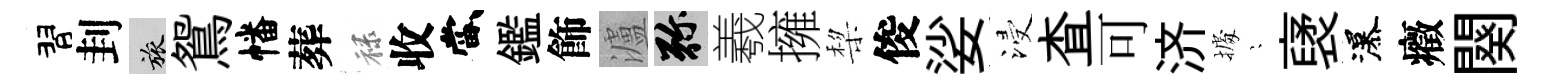
習刲旅鴛幡葬禄收當鑑飾瀘弥羲擁棃俊娑浸查可济𢴃隠裦瀑癥闋